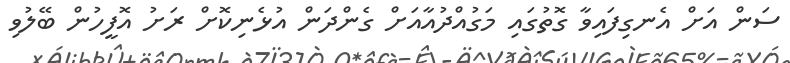
ސަން އަށް އެނގިފައިވާ ގޮތުގައި މަގުއްދުއާއަށް ގެންދަން އުޅެނިކޮށް ރަށު އޮފީހުން ބޭލުވި